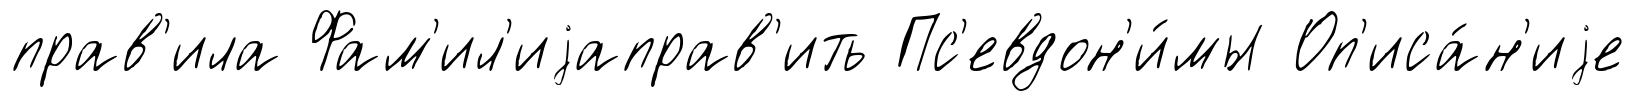
прав'ила Фам'ил'иjаправ'ить Пс'евдон'и́мы Оп'иса́н'иjе